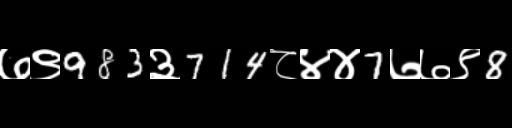
Text: ७९983३714८४४7७७९8